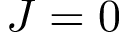
J = 0